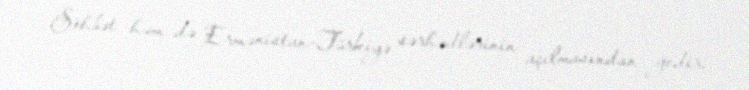
Söhbət həm də Ermənistan-Türkiyə sərhədlərinin açılmasından gedir.